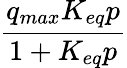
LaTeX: \frac{q_{max}K_{eq}p}{1+K_{eq}p}